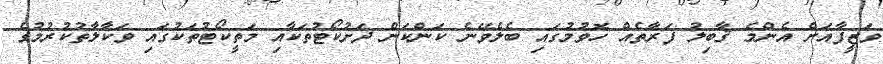
ވަޒީފާއަށް އެންމެ ޤާބިލު ފަރާތެއް ހޮވުމުގައި ބެލެވޭނެ ކަންކަން ދަށުކޯޓުތަކާއި މަތީކޯޓުތަކުގައި ވަކާލާތުކުރުމުގެ